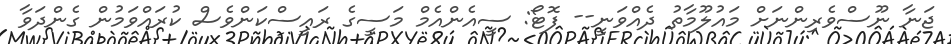
ޖަނާ ނޫސްވެރިންނަށް މައުލޫމާތު ދެއްވަނީ-- ފޮޓޯ: ސީއެންއެމް މަސީގެ ރައީސްކަންވެސް ކުރައްވަމުން ގެންދަވާ